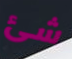
شئ